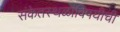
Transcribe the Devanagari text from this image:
संकेतस्थळांविषयीची